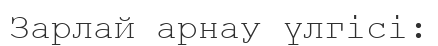
Зарлай арнау үлгісі: